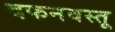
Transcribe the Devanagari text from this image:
दफनवस्तू